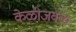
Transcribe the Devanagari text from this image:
केळीजवळ